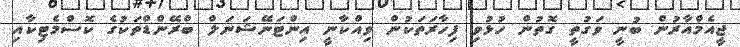
ޖީއެމްއާރުން ބުނީ ވަގުތީ ގޮތުން ހުޅުވި ފިހާރަތަކުން ވިއްކާނީ އިންޓަނޭޝަނަލް ބްރޭންޑްތަކުގެ ކޮސްމެޓިކާއި